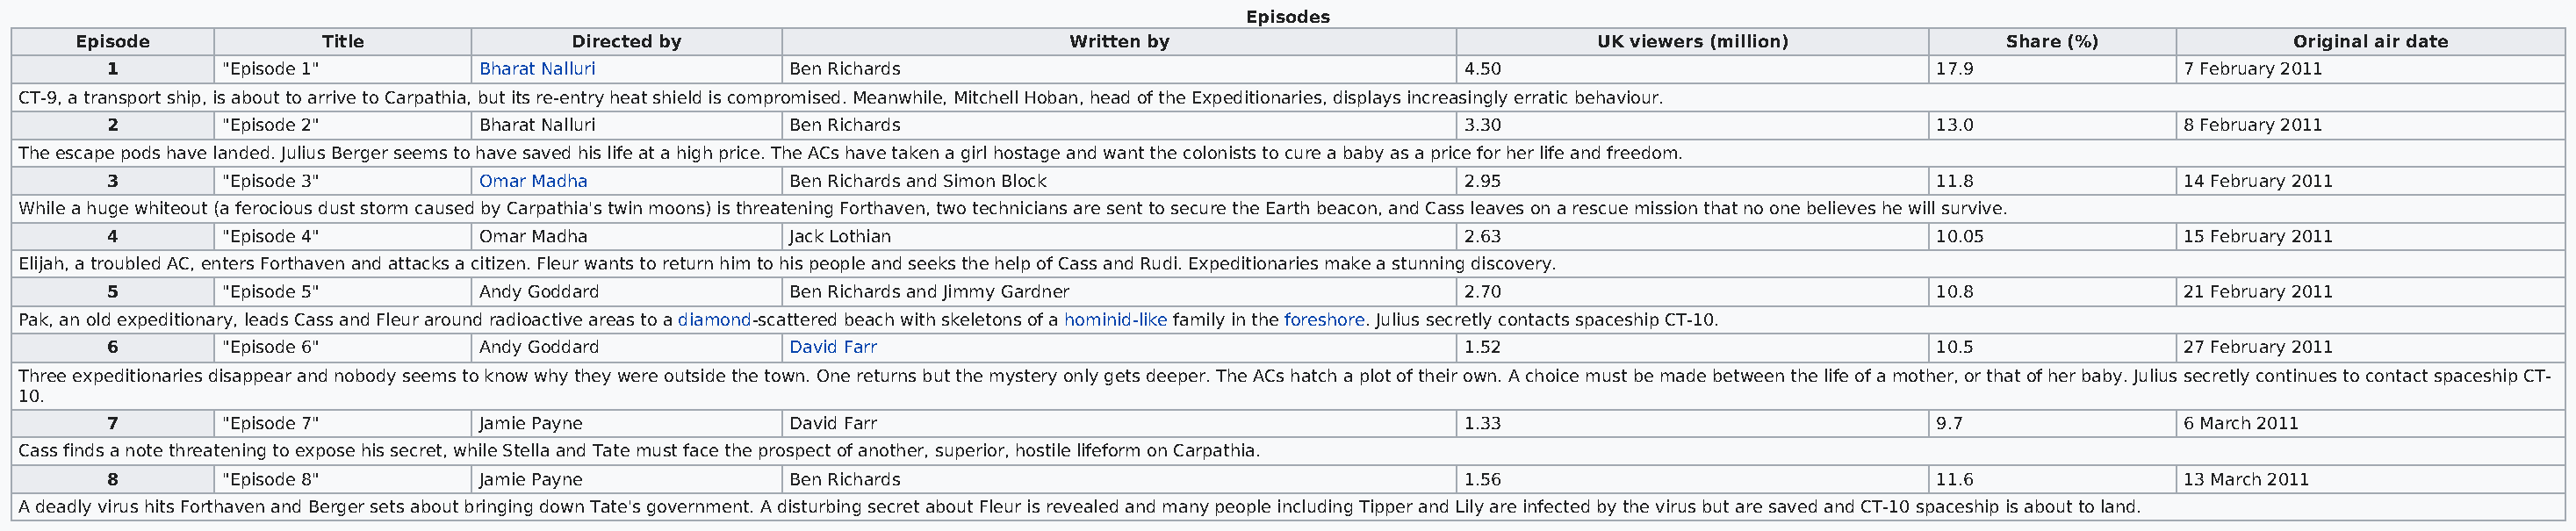
Episodes
 Episode           Title              Directed by                           Written by                             UK viewers (million)           Share (%)             Original air date
 1        "Episode 1"        Bharat Nalluri          Ben Richards                                      4.50                                17.9               7 February 2011
 CT-9, a transport ship, is about to arrive to Carpathia, but its re-entry heat shield is compromised. Meanwhile, Mitchell Hoban, head of the Expeditionaries, displays increasingly erratic behaviour.
 2        "Episode 2"        Bharat Nalluri          Ben Richards                                      3.30                                13.0               8 February 2011
 The escape pods have landed. Julius Berger seems to have saved his life at a high price. The ACs have taken a girl hostage and want the colonists to cure a baby as a price for her life and freedom.
 3        "Episode 3"        Omar Madha              Ben Richards and Simon Block                      2.95                                11.8               14 February 2011
 While a huge whiteout (a ferocious dust storm caused by Carpathia's twin moons) is threatening Forthaven, two technicians are sent to secure the Earth beacon, and Cass leaves on a rescue mission that no one believes he will survive.
 4        "Episode 4"        Omar Madha              Jack Lothian                                      2.63                                10.05              15 February 2011
 Elijah, a troubled AC, enters Forthaven and attacks a citizen. Fleur wants to return him to his people and seeks the help of Cass and Rudi. Expeditionaries make a stunning discovery.
 5        "Episode 5"        Andy Goddard            Ben Richards and Jimmy Gardner                    2.70                                10.8               21 February 2011
 Pak, an old expeditionary, leads Cass and Fleur around radioactive areas to a diamond-scattered beach with skeletons of a hominid-like family in the foreshore. Julius secretly contacts spaceship CT-10.
 6        "Episode 6"        Andy Goddard            David Farr                                        1.52                                10.5               27 February 2011
 Three expeditionaries disappear and nobody seems to know why they were outside the town. One returns but the mystery only gets deeper. The ACs hatch a plot of their own. A choice must be made between the life of a mother, or that of her baby. Julius secretly continues to contact spaceship CT-
 10.
 7        "Episode 7"        Jamie Payne             David Farr                                        1.33                                9.7                6 March 2011
 Cass finds a note threatening to expose his secret, while Stella and Tate must face the prospect of another, superior, hostile lifeform on Carpathia.
 8        "Episode 8"        Jamie Payne             Ben Richards                                      1.56                                11.6               13 March 2011
 A deadly virus hits Forthaven and Berger sets about bringing down Tate's government. A disturbing secret about Fleur is revealed and many people including Tipper and Lily are infected by the virus but are saved and CT-10 spaceship is about to land.